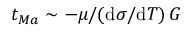
t _ { M a } \sim - \mu / ( \mathrm { d } \sigma / \mathrm { d } T ) \, G